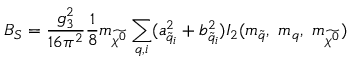
B _ { S } = \frac { g _ { 3 } ^ { 2 } } { 1 6 \pi ^ { 2 } } \frac { 1 } { 8 } m _ { \widetilde { \chi ^ { 0 } } } \sum _ { q , i } ( a _ { \widetilde { q } _ { i } } ^ { 2 } + b _ { \widetilde { q } _ { i } } ^ { 2 } ) I _ { 2 } ( m _ { \widetilde { q } } , \ m _ { q } , \ m _ { \widetilde { \chi ^ { 0 } } } )